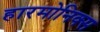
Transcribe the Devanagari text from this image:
हारमोनिक्स